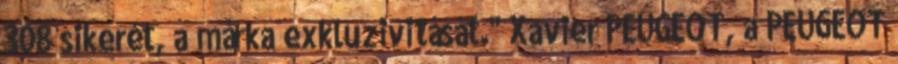
308 sikerét, a márka exkluzivitását." Xavier PEUGEOT, a PEUGEOT